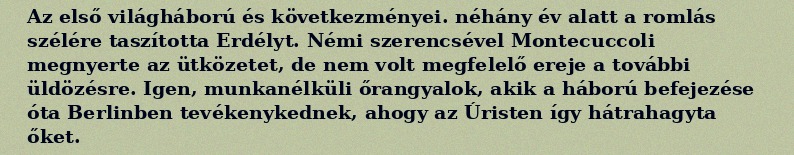
Az első világháború és következményei. néhány év alatt a romlás szélére taszította Erdélyt. Némi szerencsével Montecuccoli megnyerte az ütközetet, de nem volt megfelelő ereje a további üldözésre. Igen, munkanélküli őrangyalok, akik a háború befejezése óta Berlinben tevékenykednek, ahogy az Úristen így hátrahagyta őket.